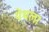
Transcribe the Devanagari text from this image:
येथला